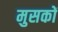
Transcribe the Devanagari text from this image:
मुसकों